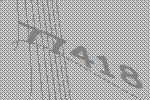
77418